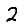
Digit: 2